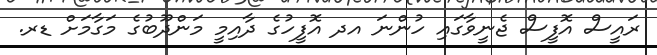
ރައީސް އޮފީސް ޖެނީވާގައި ހުންނަ އދ އޮފީހުގެ ދާއިމީ މަންދޫބުގެ މަގާމަށް ޑރ.